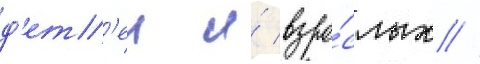
д'ет'еи и́ взро́слых //